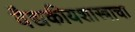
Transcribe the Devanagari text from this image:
वैद्यकीयशास्त्राचा